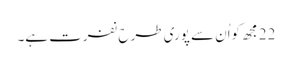
22 مجھ کواُن سے پوری طرح نفرت ہے۔